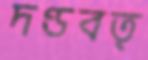
দণ্ডবত্